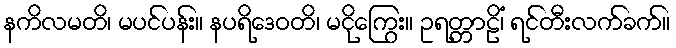
နကိလမတိ၊ မပင်ပန်း။ နပရိဒေဝတိ၊ မငိုကြွေး။ ဥရတ္တာဠိံ၊ ရင်တီးလက်ခက်။